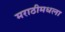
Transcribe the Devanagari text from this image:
मराठीमधला